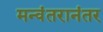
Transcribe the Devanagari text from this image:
मन्वंतरानंतर